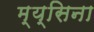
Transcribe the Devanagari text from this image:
म्य्सिना